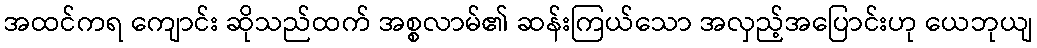
အထင်ကရ ကျောင်း ဆိုသည်ထက် အစ္စလာမ်၏ ဆန်းကြယ်သော အလှည့်အပြောင်းဟု ယေဘုယျ